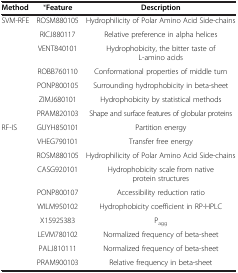
| Method | *Feature | Description |
 | --- | --- | --- |
 | <ROWSPAN=7> SVM-RFE | ROSM880105 | Hydrophilicity of Polar Amino Acid Side-chains |
 | RICJ880117 | Relative preference in alpha helices |
 | VENT840101 | Hydrophobicity, the bitter taste of L-amino acids |
 | ROBB760110 | Conformational properties of middle turn |
 | PONP800105 | Surrounding hydrophobicity in beta-sheet |
 | ZIMJ680101 | Hydrophobicity by statistical methods |
 | PRAM820103 | Shape and surface features of globular proteins |
 | <ROWSPAN=9> RF-IS | GUYH850101 | Partition energy |
 | VHEG790101 | Transfer free energy |
 | ROSM880105 | Hydrophilicity of Polar Amino Acid Side-chains |
 | CASG920101 | Hydrophobicity scale from native protein structures |
 | PONP800107 | Accessibility reduction ratio |
 | WILM950102 | Hydrophobicity coefficient in RP-HPLC |
 | X15925383 | Pagg |
 | LEVM780102 | Normalized frequency of beta-sheet |
 | PALJ810111 | Normalized frequency of beta-sheet |
 |  | PRAM900103 | Relative frequency in beta-sheet |